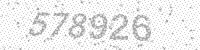
Solution: 578926